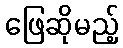
ဖြေဆိုမည့်